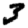
Digit: 3